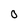
Character: 0